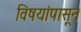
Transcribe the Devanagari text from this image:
विषयांपासून